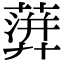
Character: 𧁕